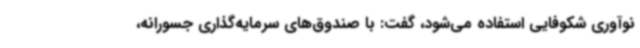
نوآوری شکوفایی استفاده می‌شود، گفت: با صندوق‌های سرمایه‌گذاری جسورانه،